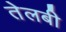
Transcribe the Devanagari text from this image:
तेलबी